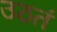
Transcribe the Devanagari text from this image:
उठतं